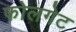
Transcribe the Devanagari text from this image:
फोलगेट